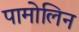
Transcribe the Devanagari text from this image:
पामोलिन